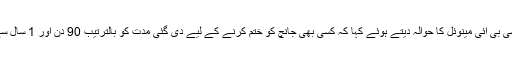
وکیلوں نے آئی پی سی اور سی بی آئی مینوئل کا حوالہ دیتے ہوئے کہا کہ کسی بھی جانچ کو ختم کرنے کے لیے دی گئی مدت کو بالترتیب 90 دن اور 1 سال سے زیادہ نہیں بڑھایا جا سکتا۔